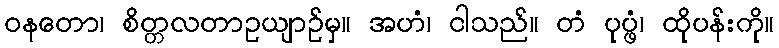
ဝနတော၊ စိတ္တလတာဥယျာဉ်မှ။ အဟံ၊ ငါသည်။ တံ ပုပ္ဖံ၊ ထိုပန်းကို။